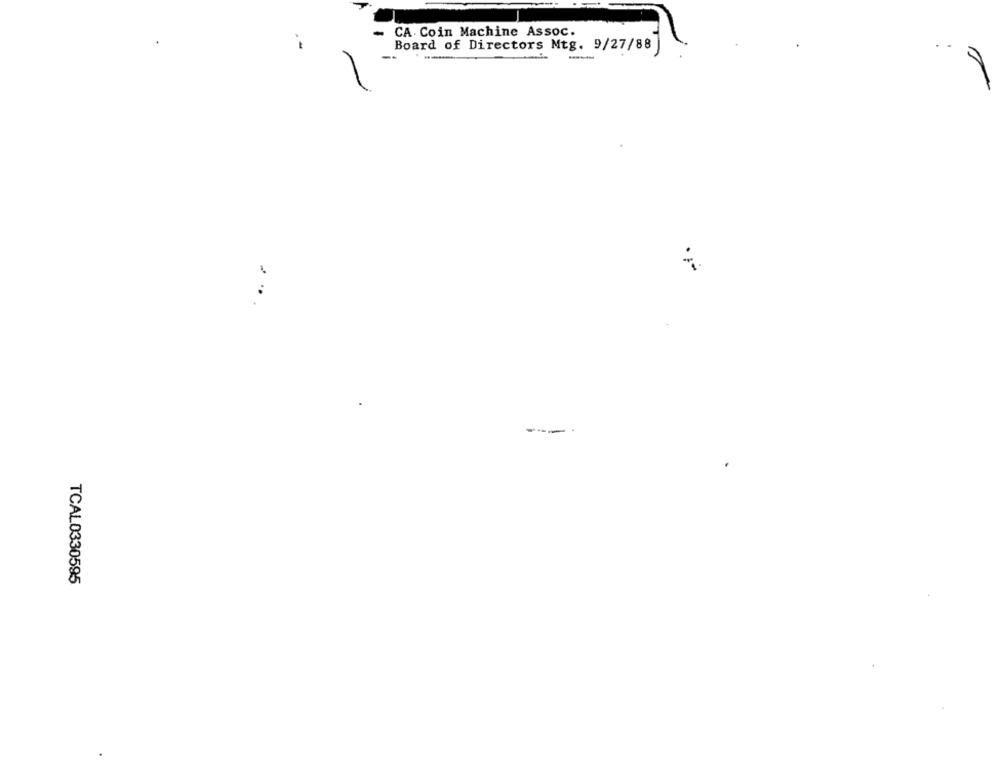
CA Coin Machine Assoc.
Board of Directors Mtg. 9/27/88
--
---
----
TCAL0330595